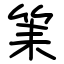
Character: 筙